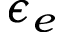
\epsilon _ { e }